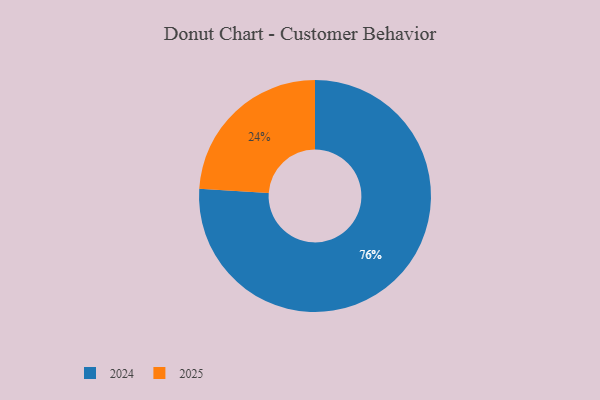
{"axis": {"x": "Category", "y": "Percentage"}, "legend": ["2024", "2025"], "data": [{"x": "2025", "y": 24, "type": "2025"}, {"x": "2024", "y": 76, "type": "2024"}]}